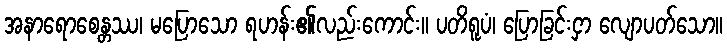
အနာရောစေန္တဿ၊ မပြောသော ရဟန်း၏လည်းကောင်း။ ပတိရူပံ၊ ပြောခြင်းငှာ လျောပတ်သော။